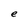
Character: e